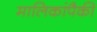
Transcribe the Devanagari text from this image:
मालिकांपैकी